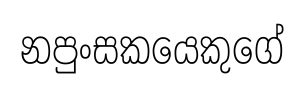
නපුංසකයෙකුගේ